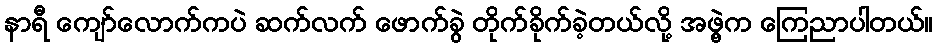
နာရီ ကျော်လောက်ကပဲ ဆက်လက် ဖောက်ခွဲ တိုက်ခိုက်ခဲ့တယ်လို့ အဖွဲ့က ကြေညာပါတယ်။